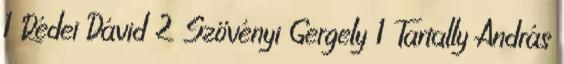
1 Rédei Dávid 2 Szövényi Gergely 1 Tartally András